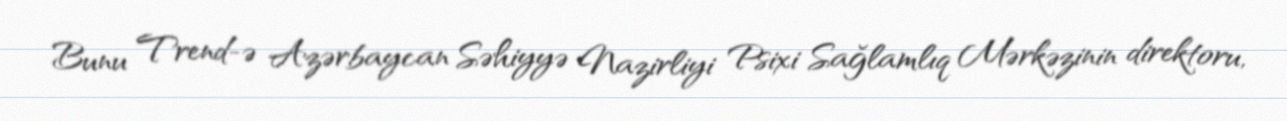
Bunu Trend-ə Azərbaycan Səhiyyə Nazirliyi Psixi Sağlamlıq Mərkəzinin direktoru,